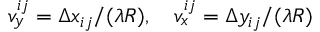
v _ { y } ^ { i j } = { \Delta x _ { i j } } / ( { \lambda R } ) , \quad v _ { x } ^ { i j } = { \Delta y _ { i j } } / ( { \lambda R } )